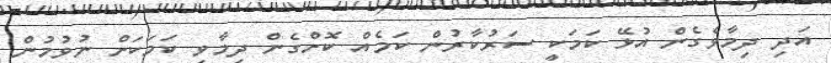
އަދި ދިމާވެގެން އުޅޭ ކަމަކީ ސަރުކާރުން ކަމެއް ކޮށްގެން ދިމާވި ކަމަކަށް ނުވުމުން